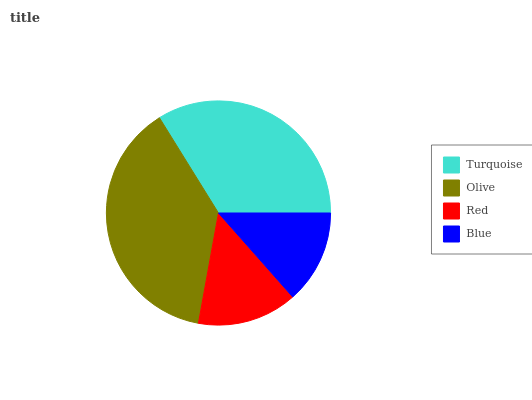
| Turquoise | Olive | Red | Blue |
 | --- | --- | --- | --- |
 | 33.9% | 38.3% | 14.4% | 13.5% |